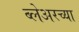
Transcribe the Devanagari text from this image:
ब्लेअरच्या